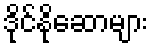
ဒိုင်နိုဆောများ